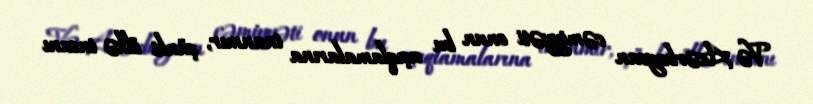
Və Azərbaycan cəmiyyəti onun bu açıqlamalarına inanmır, çünki ölkə insanı